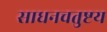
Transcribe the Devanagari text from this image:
साधनचतुष्टय